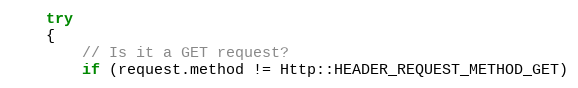
Language: C++
    try
    {
        // Is it a GET request?
        if (request.method != Http::HEADER_REQUEST_METHOD_GET)